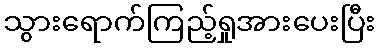
သွားရောက်ကြည့်ရှုအားပေးပြီး